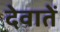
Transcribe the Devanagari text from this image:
देवातें